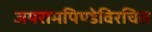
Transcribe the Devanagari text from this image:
जयरामपिण्डेविरचित